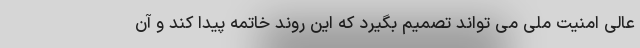
عالی امنیت ملی می تواند تصمیم بگیرد که این روند خاتمه پیدا کند و آن